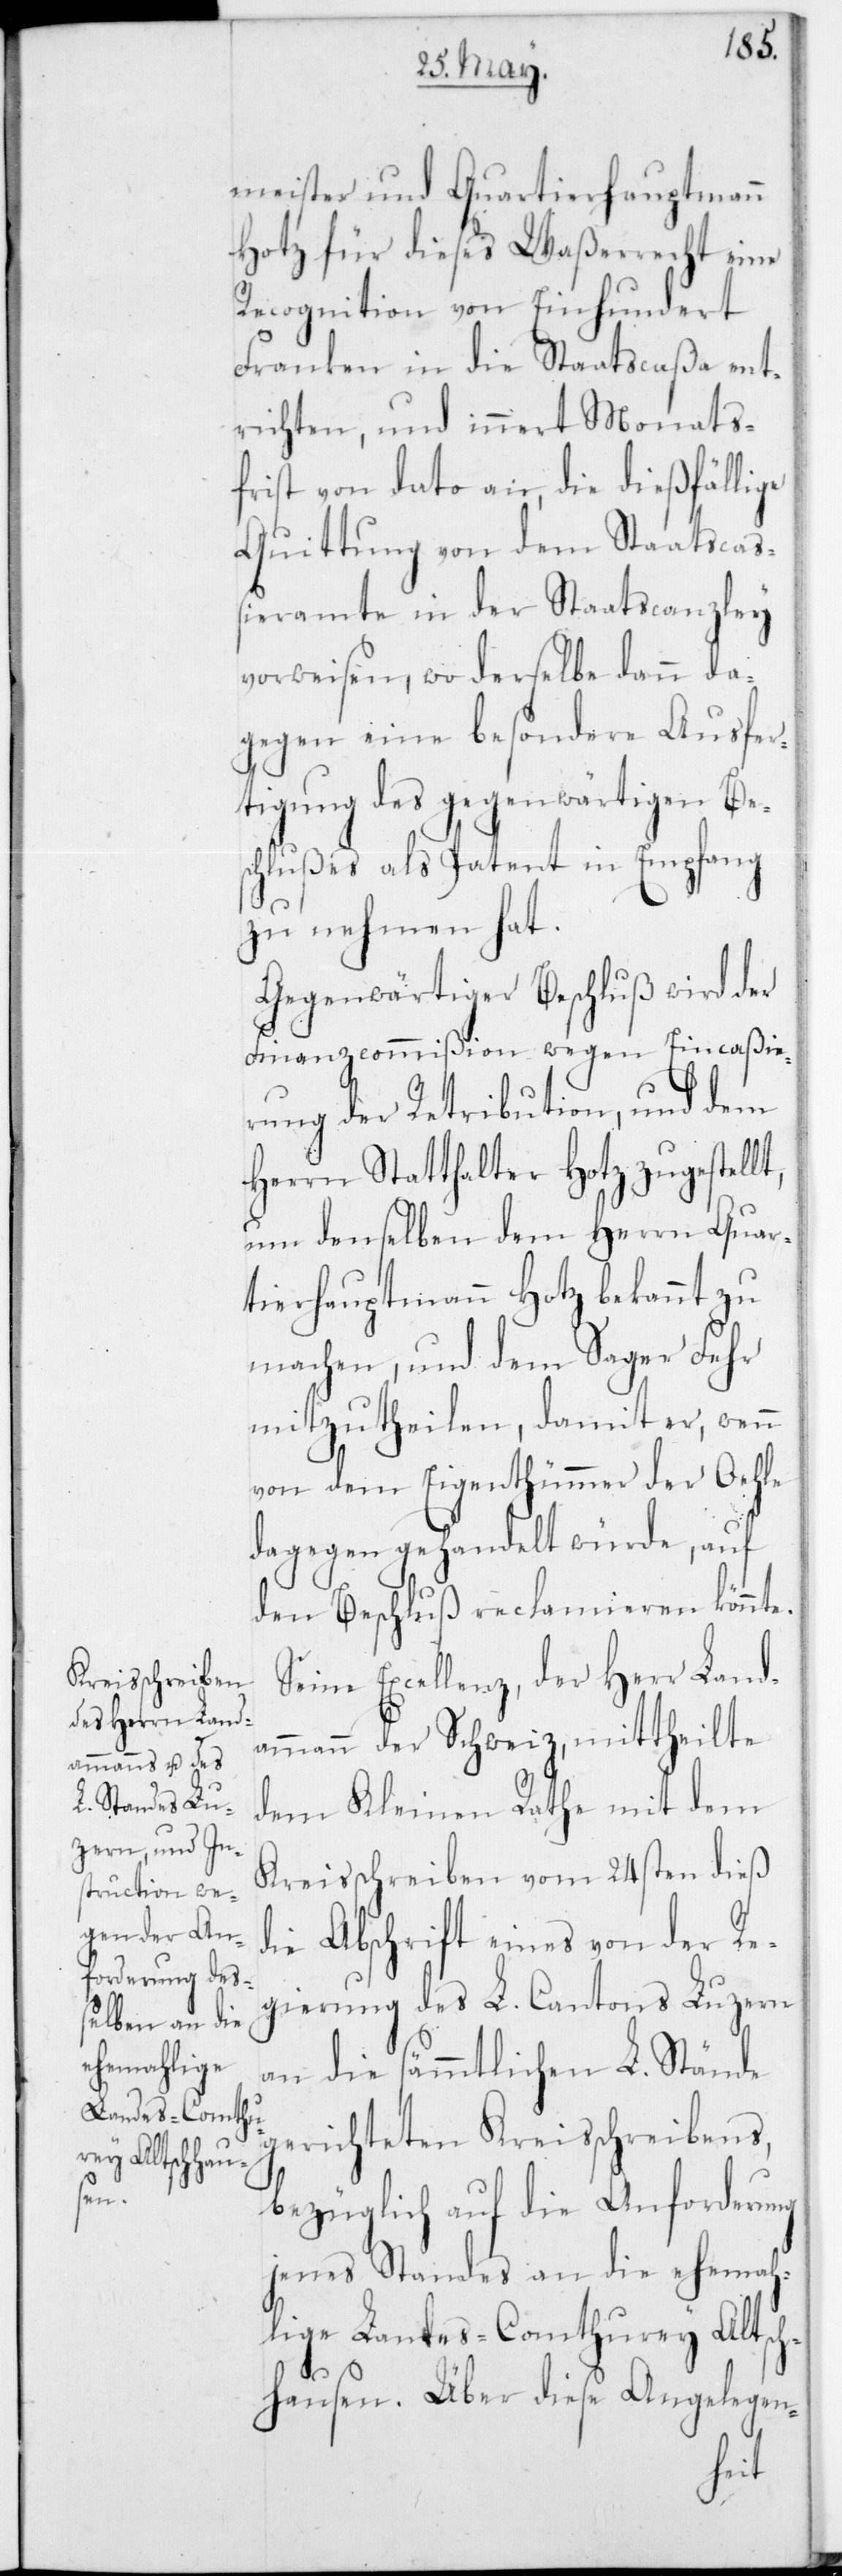
t,

meister und Quartierhauptmann
Hotz für dieses Waßerrecht eine
Recognition von Einhundert
Franken in die Staatscaßa ent¬
richten, und innert Monats¬
frist von dato an, die dießfällige
Quittung von dem Staatscaß¬
ieramte in der Staatscanzley
vorweisen, wo derselbe dann da¬
gegen eine besondere Ausfer¬
tigung des gegenwärtigen Be¬
schlußes als Patent in Empfang
zu nehmen hat.
Gegenwärtiger Beschluß wird der
Finanzcommißion wegen Eincaßie¬
rung der Retribution, und dem
Herrn Statthalter Hotz zugestell¬
um denselben dem Herrn Quar¬
tierhauptmann Hotz bekannt zu
machen, und dem Sager Fehr
mitzutheilen, damit er, wenn
von dem Eigenthümmer der Oehle
dagegen gehandelt würde, auf
den Beschluß reclamieren könnte.
Seine Excellenz, der Herr Land¬
ammann der Schweiz, mittheilte
dem Kleinen Rathe mit dem
Kreisschreiben vom 24sten dieß
die Abschrift eines von der Re¬
gierung des L. Cantons Luzern
an die sämmtlichen L. Stände
gerichteten Kreisschreibens,
bezüglich auf die Anforderung
jenes Standes an die ehema¬
lige Landes-Comthurey Altsch¬
hausen. Über diese Angelegen-